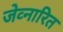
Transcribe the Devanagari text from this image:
जेव्नारित